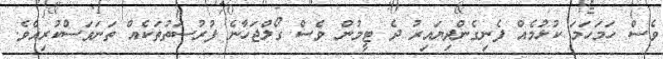
ވެސް ހަމަހަމަ ކުޅުމެއް ފެނިގެންދިޔައިރު ދެ ޓީމުން ވެސް ގޯލްޖަހާނެ ފުރުސަތުތަކެއް ތަނަވަސްކުރިއެވެ.